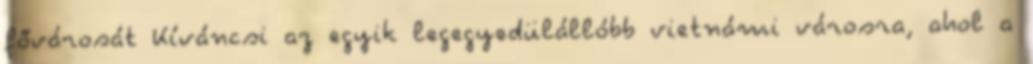
fővárosát Kíváncsi az egyik legegyedülállóbb vietnámi városra, ahol a